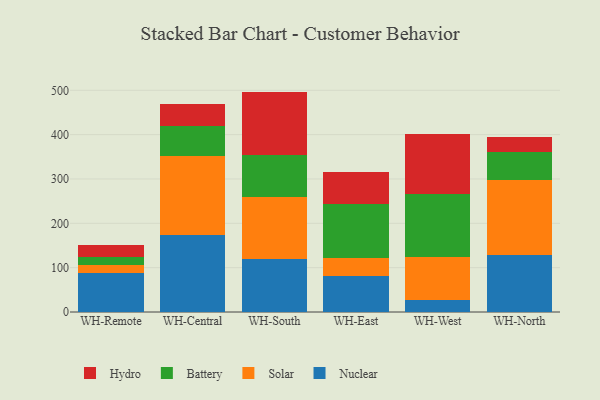
{"axis": {"x": "Warehouse", "y": "Production Output"}, "legend": ["Battery", "Hydro", "Nuclear", "Solar"], "data": [{"x": "WH-Remote", "y": 87.7, "type": "Nuclear"}, {"x": "WH-Remote", "y": 18.1, "type": "Solar"}, {"x": "WH-Remote", "y": 17.8, "type": "Battery"}, {"x": "WH-Remote", "y": 26.9, "type": "Hydro"}, {"x": "WH-Central", "y": 174.7, "type": "Nuclear"}, {"x": "WH-Central", "y": 177.4, "type": "Solar"}, {"x": "WH-Central", "y": 67.3, "type": "Battery"}, {"x": "WH-Central", "y": 50.6, "type": "Hydro"}, {"x": "WH-South", "y": 119.5, "type": "Nuclear"}, {"x": "WH-South", "y": 139.6, "type": "Solar"}, {"x": "WH-South", "y": 94.8, "type": "Battery"}, {"x": "WH-South", "y": 143.2, "type": "Hydro"}, {"x": "WH-East", "y": 81.9, "type": "Nuclear"}, {"x": "WH-East", "y": 39.6, "type": "Solar"}, {"x": "WH-East", "y": 123.2, "type": "Battery"}, {"x": "WH-East", "y": 71.1, "type": "Hydro"}, {"x": "WH-West", "y": 26.6, "type": "Nuclear"}, {"x": "WH-West", "y": 96.9, "type": "Solar"}, {"x": "WH-West", "y": 141.6, "type": "Battery"}, {"x": "WH-West", "y": 136.6, "type": "Hydro"}, {"x": "WH-North", "y": 128.4, "type": "Nuclear"}, {"x": "WH-North", "y": 170.3, "type": "Solar"}, {"x": "WH-North", "y": 63.2, "type": "Battery"}, {"x": "WH-North", "y": 31.9, "type": "Hydro"}]}